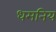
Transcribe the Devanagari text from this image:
धमनिय